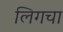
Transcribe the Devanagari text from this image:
लिगचा